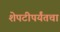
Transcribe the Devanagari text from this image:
शेपटीपर्यंतचा